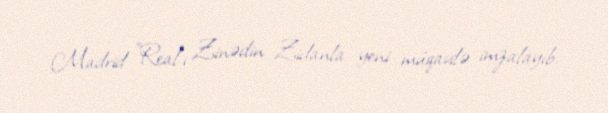
Madrid "Real"ı Zinədin Zidanla yeni müqavilə imzalayıb.